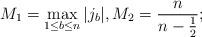
LaTeX: \begin{align*}M_1=\max_{1\leq b\leq n}|j_b|,M_2=\frac{n}{n-\frac12};\end{align*}